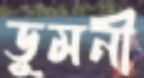
ডুমনী